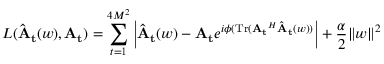
L ( \mathbf { \widehat { A _ { t } } } ( w ) , \mathbf { A _ { t } } ) = \sum _ { t = 1 } ^ { 4 M ^ { 2 } } \left| \mathbf { \widehat { A _ { t } } } ( w ) - \mathbf { A _ { t } } e ^ { i \phi ( \mathrm { T r } ( \mathbf { A _ { t } } ^ { H } \mathbf { \widehat { A _ { t } } } ( w ) ) } \right| + \frac { \alpha } { 2 } { \| w \| } ^ { 2 }